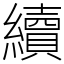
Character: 續